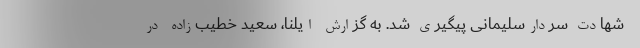
شهادت‌ سردار‌سلیمانی پیگیری شد. به گزارش ایلنا، سعید خطیب‌زاده در